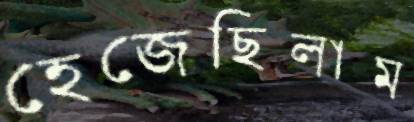
হেজেছিলাম